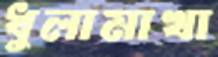
ধুলামাখা